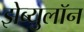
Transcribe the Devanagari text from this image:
झेब्युलॉन